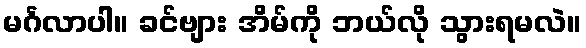
မင်္ဂလာပါ။ ခင်ဗျား အိမ်ကို ဘယ်လို သွားရမလဲ။